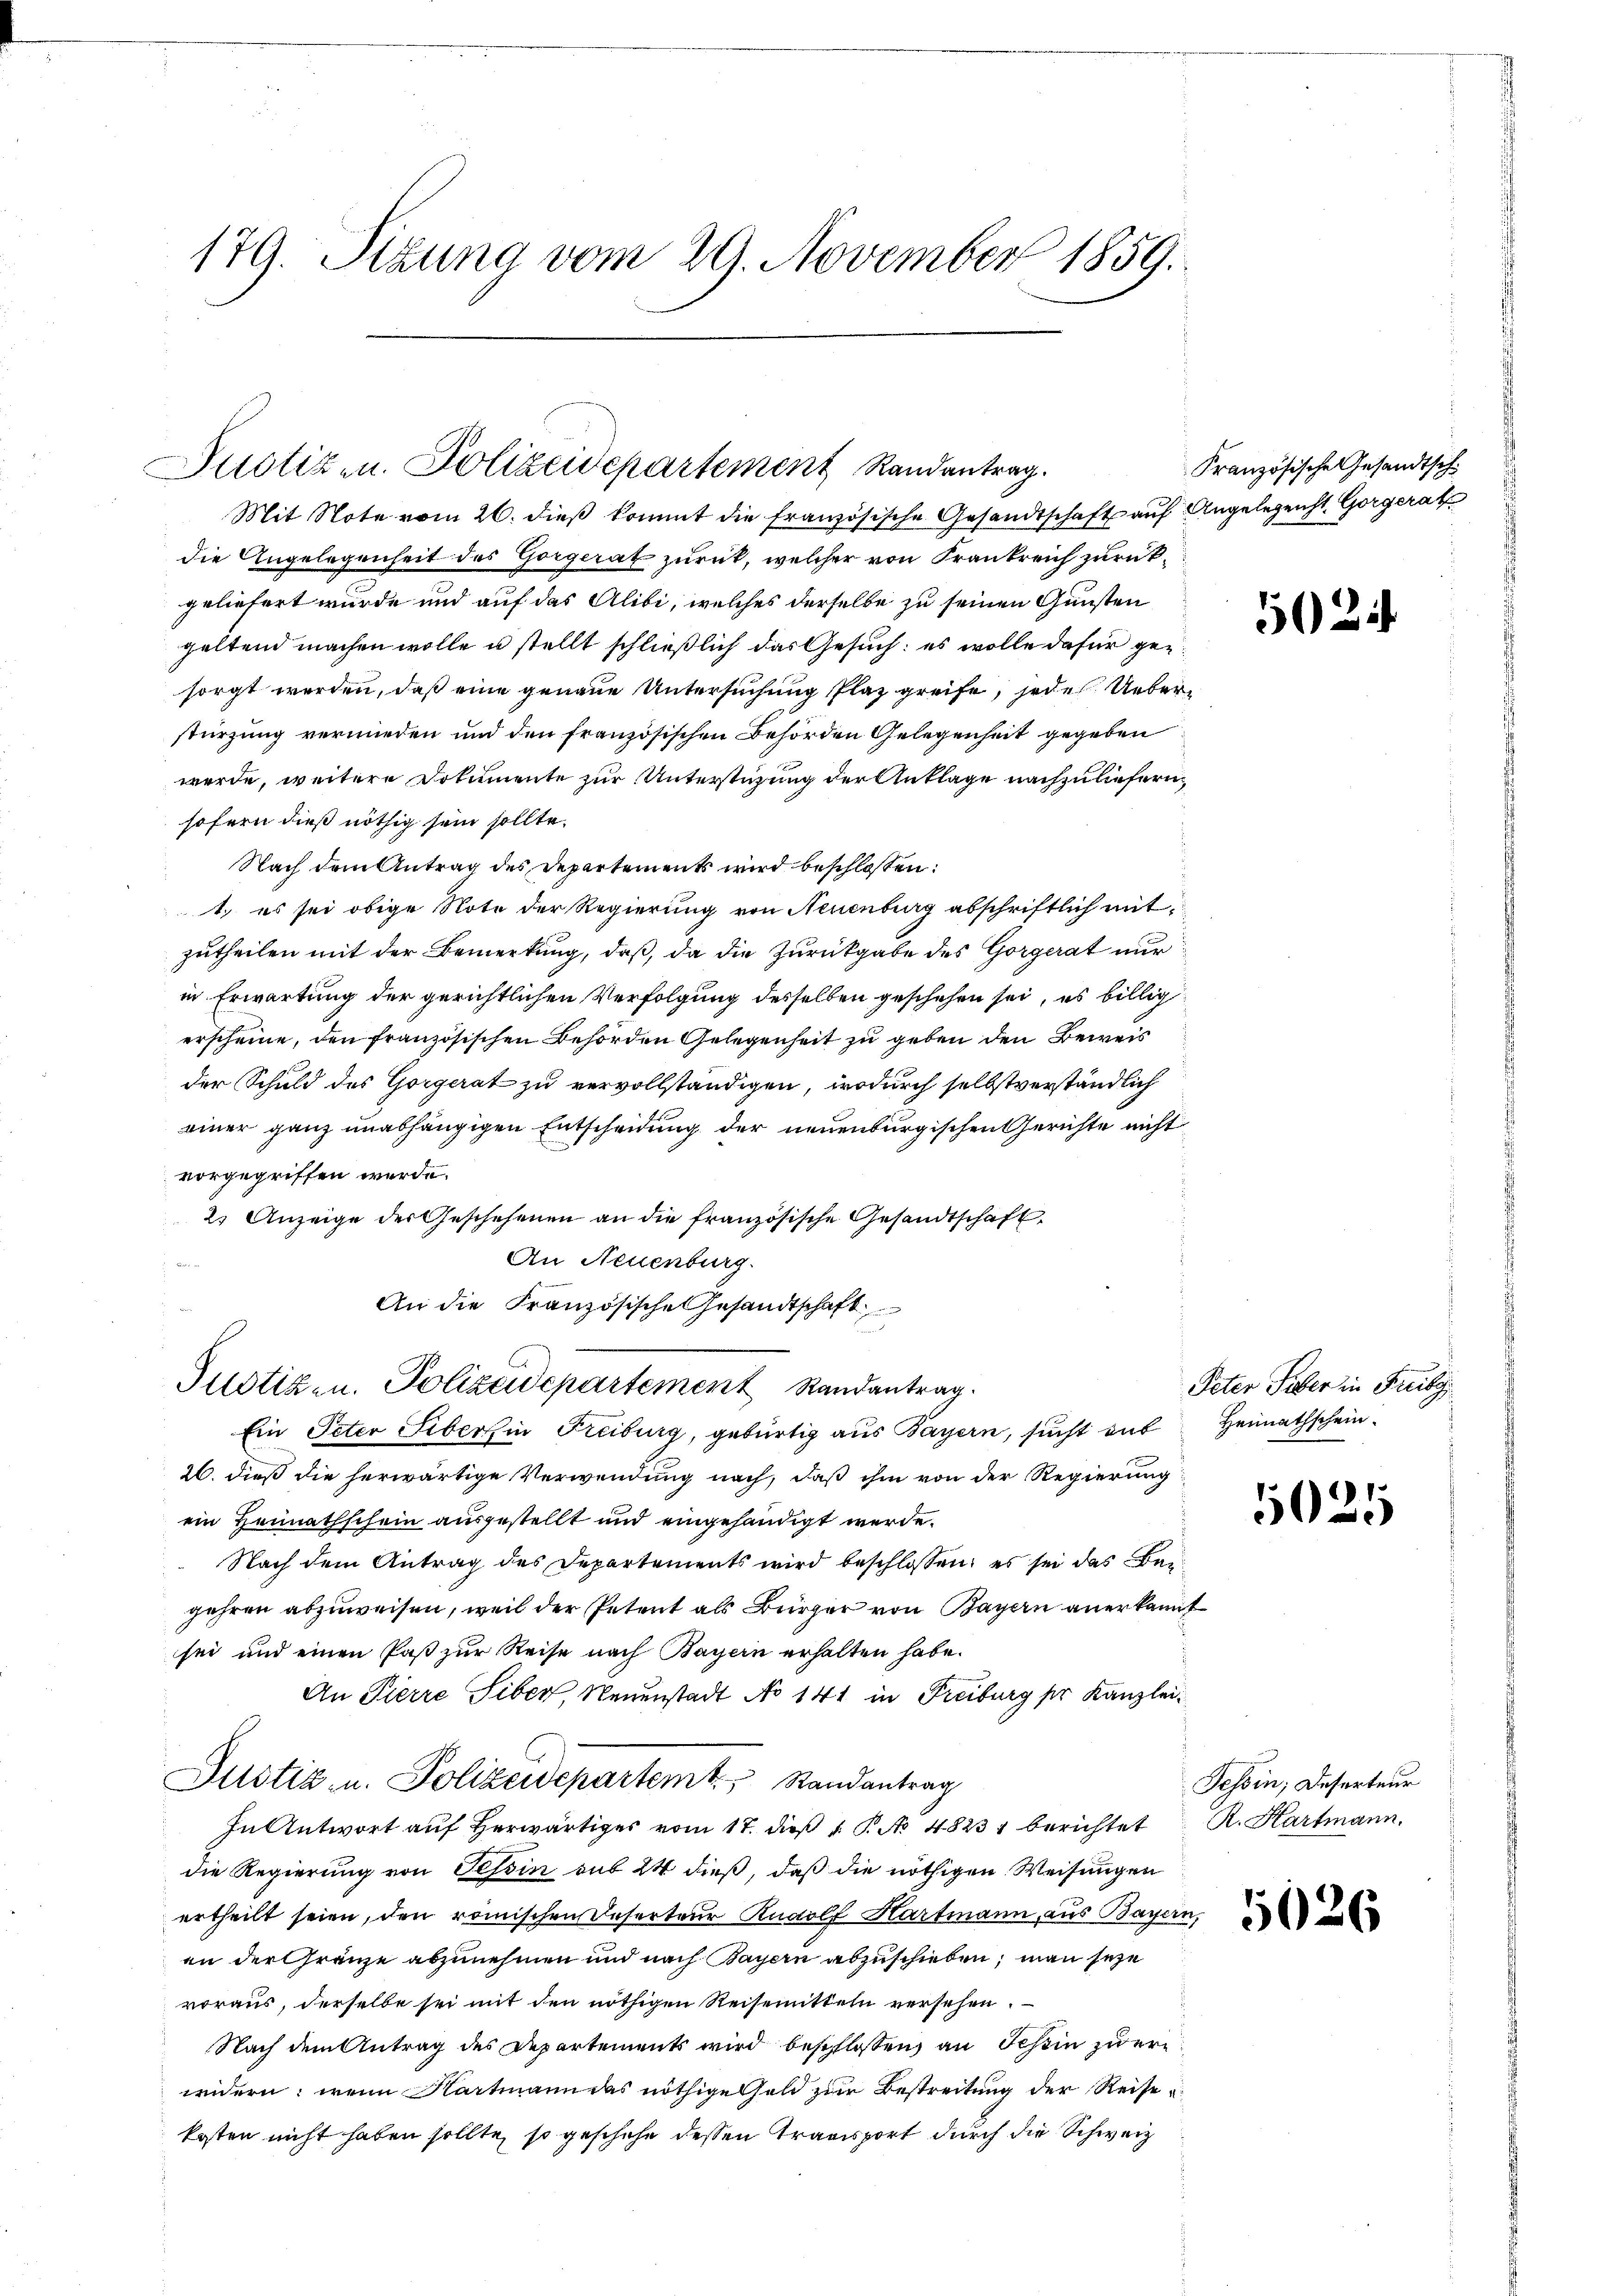
179. Sitzung vom 29. November 1859.

Justiz- u. Polizeidepartement Randantrag.

Mit Note vom 26. dieß kommt die französische Gesandtschaft auf Angelegenst, Gorgerath
die Angelegenheit des Gorgerat zurück, welcher von Frankreich zurükgeliefert wurde und auf das Alibi, welches derselbe zu seinen Gunsten
geltend machen wolle u stellt schließlich das Gesuch: es wolle dafür gesorgt werden, daß eine genaue Untersuchung Plaz greife, jede Ueberstürzung vermieden und den französischen Behörden Gelegenheit gegeben
werde, weitere Dokumente zur Unterstüzung der Anklage nachzuliefern,
sofern dies nöthig sein sollte.
Nach dem Antrag des Departements wird beschlossen:
1. es sei obige Note der Regierung von Neuenburg abschriftlich mitzutheilen mit der Bemerkung, daß, da die Zurückgabe des Gorgerat nur
in Erwartung der gerichtlichen Verfolgung desselben geschehen sei, es billig
erscheine, den französischen Behörden Gelegenheit zu geben den Beweis
der Schuld des Gorgerat zu vervollständigen, wodurch selbstverständlich
einer ganz unabhängigen Entscheidung der neuenburgischen Gerichte nicht
vorgegriffen werde.
2. Anzeige der Geschehenen an die französische Gesandtschaft
An Neuenburg.
An die Französische Gesandtschaft
Justizen. Polizeidepartement Randantrag.
Ein Peter Siber in Freiburg, gebürtig aus Bayern, sucht auf Heimathschein
26. dieß die herwärtige Verwendung nach, daß ihm von der Regierung
ein Heimathschein ausgestellt und eingehändigt werde.
 Nach dem Antrag des Departements wird beschlossen; es sei das Beigehren abzuweisen, weil der Petent als Bürger von Bayern anerkannt
sei und einen Paß zur Reise nach Bayern erhalten habe.
An Pierre Siber, Neuenstadt No 141 in Freiburg per Kanzlei¬
Justiz- u. Polizeidepartemt Randantrag
In Antwort auf herwärtiges vom 17. dieß u. P. No 4823 berichtet R. Hartmann.
die Regierung von Tessin sub 24 dieß, daß die nöthigen Weisungen
ertheilt seien, den römischen Reserteur Rudolf Hartmann, aus Bayern,
an der Gränze abzunehmen und nach Bayern abzuschieben, man sehe
voraus, derselbe sei mit den nöthigen Reisemitteln versehen.
Nach dem Antrag des Departements wird beschlossen, an Tessin zu erwidern; wenn Hartmann das nöthige Geld zum Bestreitung der Reise
kosten nicht haben sollte, so geschehe dessen Transport durch die Schweiz

Französische Gesandtsch

502

Peter Faber in Freibg

5021

Tessin; Deserteur

5026